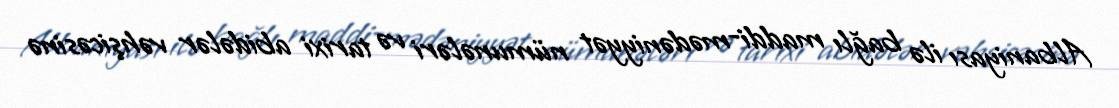
Albaniyası ilə bağlı maddi-mədəniyyət nümunələri və tarixi abidələr vəhşicəsinə